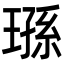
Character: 𬎄